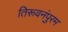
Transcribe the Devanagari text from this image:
तिरूवनंपुरम